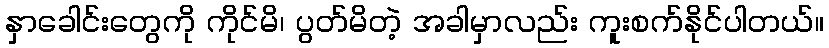
နှာခေါင်းတွေကို ကိုင်မိ၊ ပွတ်မိတဲ့ အခါမှာလည်း ကူးစက်နိုင်ပါတယ်။